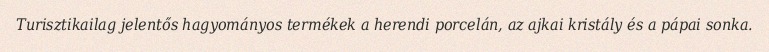
Turisztikailag jelentős hagyományos termékek a herendi porcelán, az ajkai kristály és a pápai sonka.